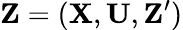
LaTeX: \mathbf{Z}=(\mathbf{X},\mathbf{U},\mathbf{Z^{\prime}})